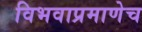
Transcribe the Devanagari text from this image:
विभवाप्रमाणेच